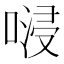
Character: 𠺸